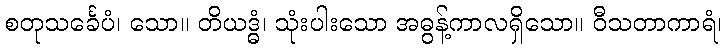
စတုသင်္ခေပံ၊ သော။ တိယဒ္ဓံ၊ သုံးပါးသော အဓွန့်ကာလရှိသော။ ဝီသတာကာရံ၊